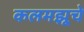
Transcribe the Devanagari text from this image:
कलमझूचे